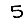
Digit: 5